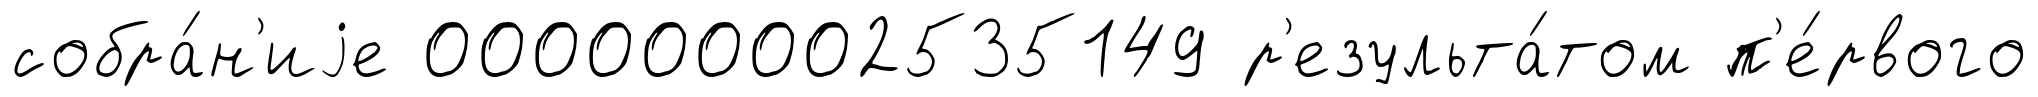
собра́н'иjе 000000002535149 р'езульта́том п'е́рвого